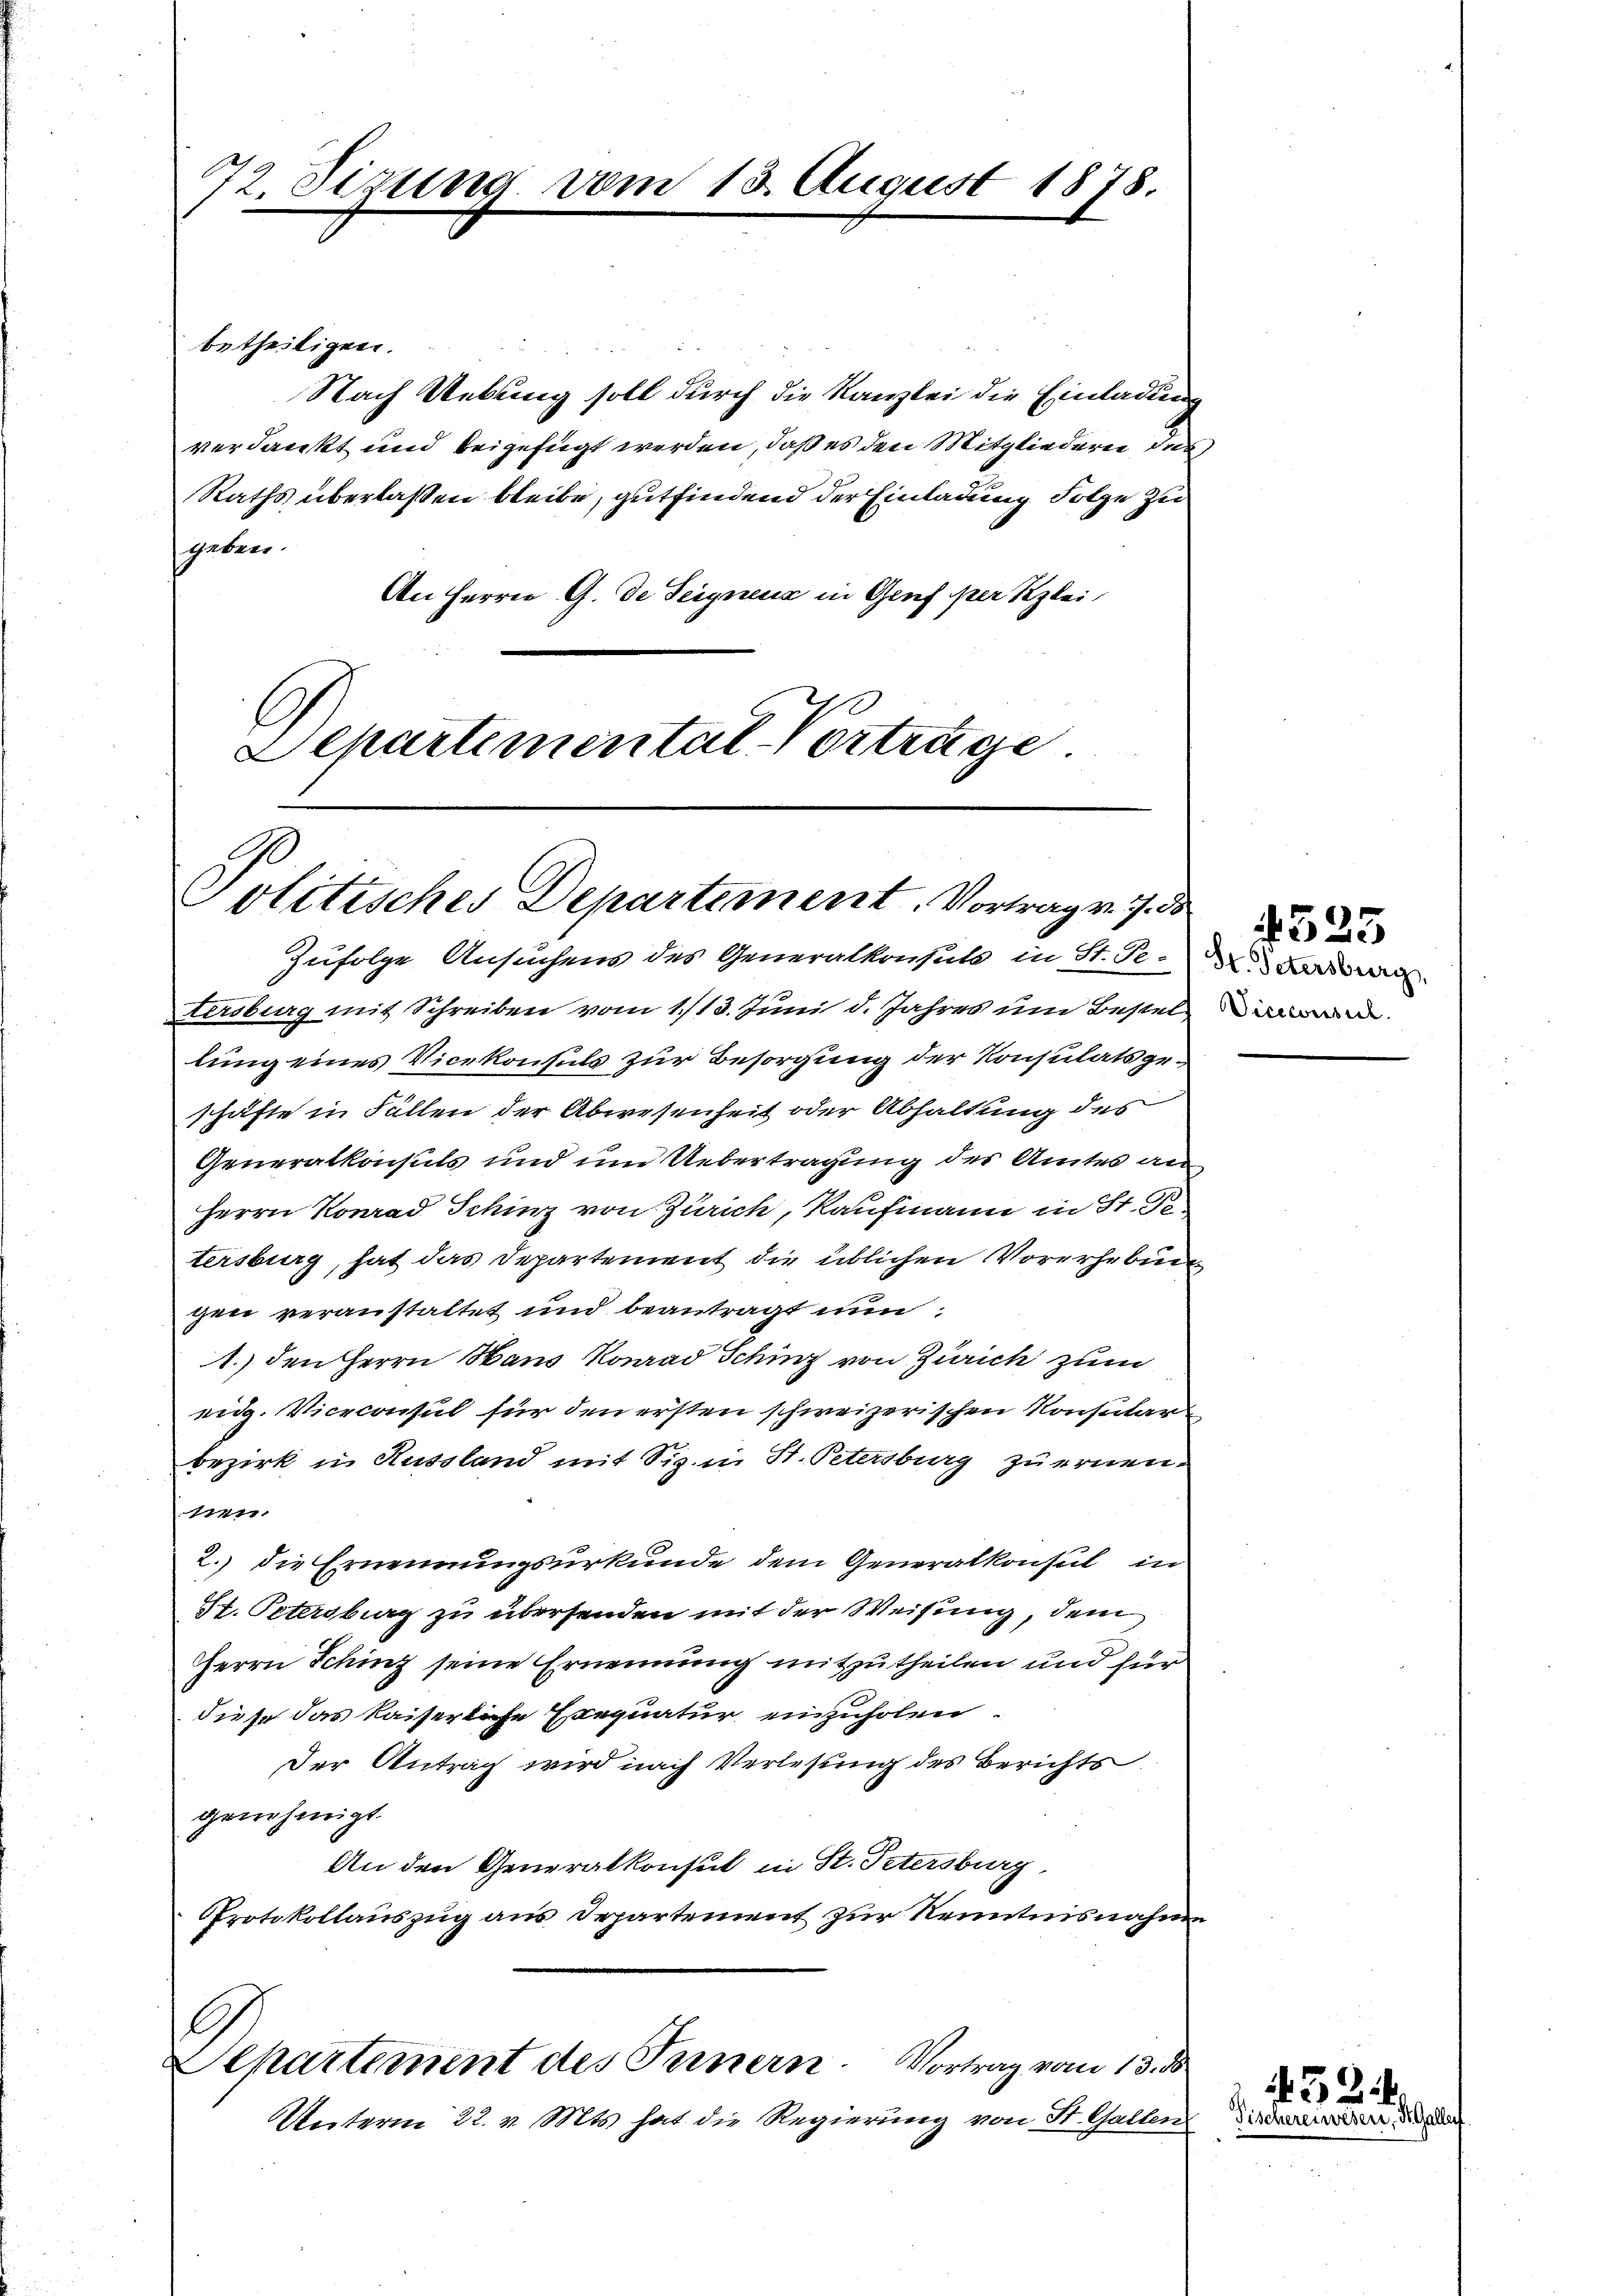
772. Sizung vom 13. August 1878.

betheiligen.
Nach Uebung soll durch die Kanzlei die Einladung
verdankt und beigefügt werden, daß es den Mitgliederen des
Raths überlaßen bleibe, gutfindend der Einladung Folge zu
geben.
An Herrn G. de Teignens in Genf per Klei¬
Departemental-Vorträge.

Politisches Departement. Vortrag v. 7. ds

Zufolge Ansuchens des Generalkonsuls in St. Se. Baden
tersburg mit Schreiben vom 1./13. Juni d. Jahres um Bestel
lung eines Vicekonsuls zur Besorgung der Konsulats geschäfte in Fällen der Abwesenheit oder Abhaltung des
Generalkonsuls und um Uebertragung des Amtes an
Herrn Konrad Schinz von Zürich, Kaufmann in St. B.
tersburg, hat das Departement die üblichen Vorerhebun
gen veranstaltet und beantragt nun
1.) den Herrn Haus Konrad Schinz von Zürich zum
eidg. Viceconsul für den ersten schweizerischen Konsular
Bezirk in Russland mit Sig. in St. Petersburg zu ernen-
1747,
2.) die Ernennungsurkunde dem Generalkonsul in
St. Petersburg zu übersenden mit der Weisung, dem
Herrn Sching seine Ernennung mitzutheilen und für
diese das kaiserliche Exequatur einzuholen.
Der Antrag wird nach Verlesung des Berichts
genehmigt.
An den Generalkonsul in St. Petersburg
Protokollauszug aus Departement zur Kenntnisnahme
Separtement des Innern. Vortrag vom 13. ds
Unterm 22. v. Mts. hat die Regierung von St. Gallen die d

icecessel

324

4525